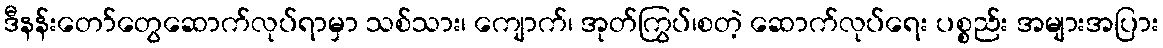
ဒီနန်းတော်တွေဆောက်လုပ်ရာမှာ သစ်သား၊ ကျောက်၊ အုတ်ကြွပ်၊စတဲ့ ဆောက်လုပ်ရေး ပစ္စည်း အများအပြား